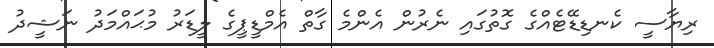
ރިޔާސީ ކެނޑިޑޭޓެއްގެ ގޮތުގައި ނެރުން އެންމެ ގާތް އެމްޑީޕީގެ ލީޑަރު މުޙައްމަދު ނަޝީދު